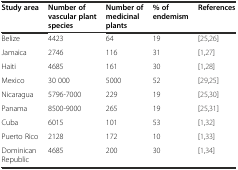
<table><thead><tr><td><b>Study area</b></td><td><b>Number of vascular plant species</b></td><td><b>Number of medicinal plants</b></td><td><b>% of endemism</b></td><td><b>References</b></td></tr></thead><tbody><tr><td>Belize</td><td>4423</td><td>64</td><td>19</td><td>[25,26]</td></tr><tr><td>Jamaica</td><td>2746</td><td>116</td><td>31</td><td>[1,27]</td></tr><tr><td>Haiti</td><td>4685</td><td>161</td><td>30</td><td>[1,28]</td></tr><tr><td>Mexico</td><td>30 000</td><td>5000</td><td>52</td><td>[29,25]</td></tr><tr><td>Nicaragua</td><td>5796-7000</td><td>229</td><td>19</td><td>[25,30]</td></tr><tr><td>Panama</td><td>8500-9000</td><td>265</td><td>19</td><td>[25,31]</td></tr><tr><td>Cuba</td><td>6015</td><td>101</td><td>53</td><td>[1,32]</td></tr><tr><td>Puerto Rico</td><td>2128</td><td>172</td><td>10</td><td>[1,33]</td></tr><tr><td>Dominican Republic</td><td>4685</td><td>200</td><td>30</td><td>[1,34]</td></tr></tbody></table>